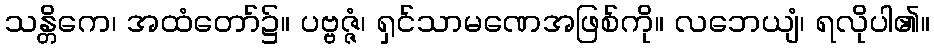
သန္တိကေ၊ အထံတော်၌။ ပဗ္ဗဇ္ဇံ၊ ရှင်သာမဏေအဖြစ်ကို။ လဘေယျံ၊ ရလိုပါ၏။